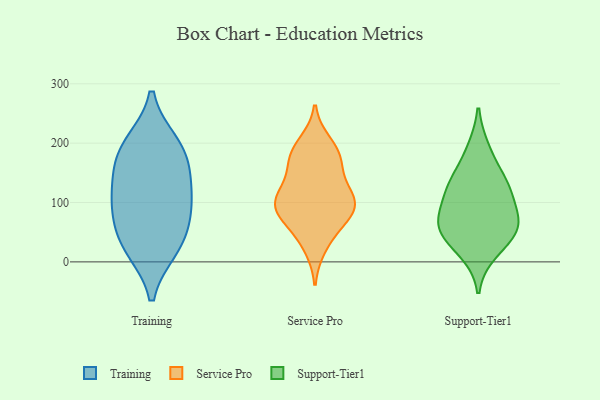
{"axis": {"x": "Website Visitors", "y": "Value"}, "legend": ["Service Pro", "Support-Tier1", "Training"], "data": [{"x": "", "y": 115, "type": "Training"}, {"x": "", "y": 147, "type": "Training"}, {"x": "", "y": 53, "type": "Training"}, {"x": "", "y": 195, "type": "Training"}, {"x": "", "y": 23, "type": "Training"}, {"x": "", "y": 90, "type": "Training"}, {"x": "", "y": 97, "type": "Training"}, {"x": "", "y": 170, "type": "Training"}, {"x": "", "y": 199, "type": "Training"}, {"x": "", "y": 24, "type": "Training"}, {"x": "", "y": 105, "type": "Service Pro"}, {"x": "", "y": 85, "type": "Service Pro"}, {"x": "", "y": 176, "type": "Service Pro"}, {"x": "", "y": 49, "type": "Service Pro"}, {"x": "", "y": 97, "type": "Service Pro"}, {"x": "", "y": 25, "type": "Service Pro"}, {"x": "", "y": 176, "type": "Service Pro"}, {"x": "", "y": 200, "type": "Service Pro"}, {"x": "", "y": 150, "type": "Service Pro"}, {"x": "", "y": 91, "type": "Service Pro"}, {"x": "", "y": 183, "type": "Service Pro"}, {"x": "", "y": 107, "type": "Service Pro"}, {"x": "", "y": 72, "type": "Service Pro"}, {"x": "", "y": 128, "type": "Service Pro"}, {"x": "", "y": 96, "type": "Service Pro"}, {"x": "", "y": 141, "type": "Support-Tier1"}, {"x": "", "y": 47, "type": "Support-Tier1"}, {"x": "", "y": 120, "type": "Support-Tier1"}, {"x": "", "y": 57, "type": "Support-Tier1"}, {"x": "", "y": 62, "type": "Support-Tier1"}, {"x": "", "y": 17, "type": "Support-Tier1"}, {"x": "", "y": 62, "type": "Support-Tier1"}, {"x": "", "y": 189, "type": "Support-Tier1"}, {"x": "", "y": 93, "type": "Support-Tier1"}, {"x": "", "y": 127, "type": "Support-Tier1"}]}